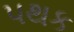
પથક